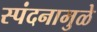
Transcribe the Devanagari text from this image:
स्पंदनामुळे